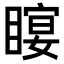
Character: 𥉛